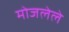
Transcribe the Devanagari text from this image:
मोजलेले